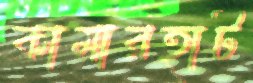
কামারহাট